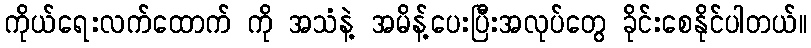
ကိုယ်ရေးလက်ထောက် ကို အသံနဲ့ အမိန့်ပေးပြီးအလုပ်တွေ ခိုင်းစေနိုင်ပါတယ်။